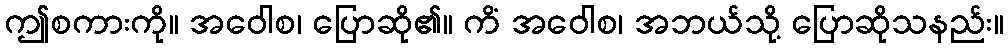
ဤစကားကို။ အဝေါစ၊ ပြောဆို၏။ ကိံ အဝေါစ၊ အဘယ်သို့ ပြောဆိုသနည်း။